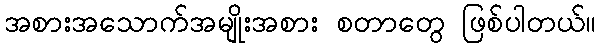
အစားအသောက်အမျိုးအစား စတာတွေ ဖြစ်ပါတယ်။